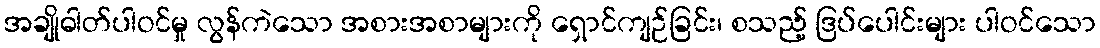
အချိုဓါတ်ပါဝင်မှု လွန်ကဲသော အစားအစာများကို ရှောင်ကျဉ်ခြင်း၊ စသည့် ဒြပ်ပေါင်းများ ပါဝင်သော